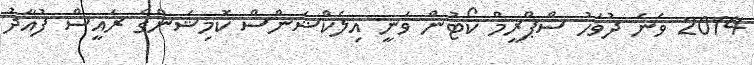
2014 ވަނަ ދުވަހު ސްޕްރީމް ކޯޓުން ވަނީ އިލެކްޝަންސް ކޮމިޝަންގެ ރައީސް ފުއާދު